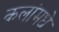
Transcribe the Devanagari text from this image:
कलांमधे